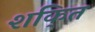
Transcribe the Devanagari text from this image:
शकि्त